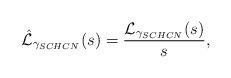
LaTeX: \begin{align*} \hat{\mathcal{L}}_{\gamma_{SCHCN}}(s)= \frac{\mathcal{L}_{\gamma_{SCHCN}}(s)}{s}, \end{align*}